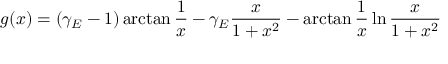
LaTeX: g ( x ) = ( \gamma _ { E } - 1 ) \arctan \frac { 1 } { x } - \gamma _ { E } \frac { x } { 1 + x ^ { 2 } } - \arctan \frac { 1 } { x } \ln \frac { x } { 1 + x ^ { 2 } }